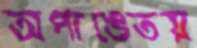
অপাঙেতয়